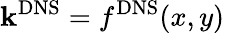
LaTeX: \mathbf{k}^{\mathrm{{DNS}}}=f^{\mathrm{{DNS}}}(x,y)